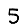
Digit: 5